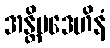
အန္တိမဒေဟိနံ